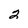
Character: 2